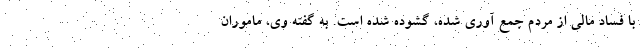
با فساد مالی از مردم جمع آوری شده، گشوده شده است. به گفته وی، ماموران